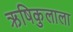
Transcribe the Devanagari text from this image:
ऋषिकुलाला